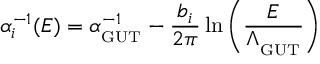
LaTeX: \alpha _ { i } ^ { - 1 } ( E ) = \alpha _ { _ \mathrm { G U T } } ^ { - 1 } - \frac { b _ { i } } { 2 \pi } \ln \left( \frac { E } { \Lambda _ { _ \mathrm { G U T } } } \right)